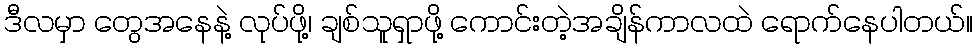
ဒီလမှာ တွေအနေနဲ့ လုပ်ဖို့၊ ချစ်သူရှာဖို့ ကောင်းတဲ့အချိန်ကာလထဲ ရောက်နေပါတယ်။